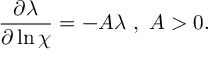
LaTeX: \frac { \partial \lambda } { \partial \ln \chi } = - A \lambda ~ , ~ A > 0 .